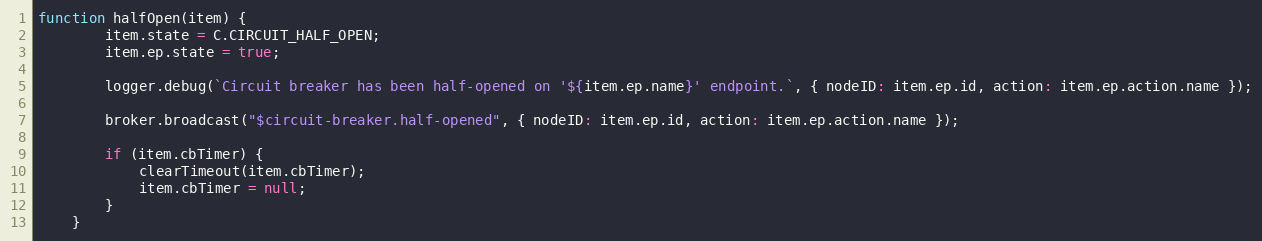
Language: JavaScript
function halfOpen(item) {
		item.state = C.CIRCUIT_HALF_OPEN;
		item.ep.state = true;

		logger.debug(`Circuit breaker has been half-opened on '${item.ep.name}' endpoint.`, { nodeID: item.ep.id, action: item.ep.action.name });

		broker.broadcast("$circuit-breaker.half-opened", { nodeID: item.ep.id, action: item.ep.action.name });

		if (item.cbTimer) {
			clearTimeout(item.cbTimer);
			item.cbTimer = null;
		}
	}